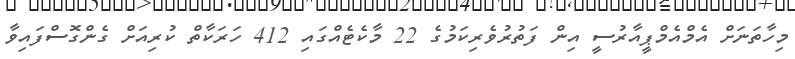
މިހާތަނަށް އެމްއެމްޕީއާރުސީ އިން ފަތުރުވެރިކަމުގެ 22 މާކެޓެއްގައި 412 ހަރަކާތް ކުރިއަށް ގެންގޮސްފައިވާ